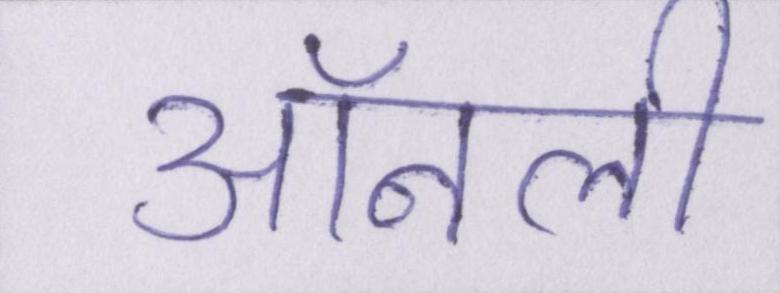
ऑनली